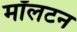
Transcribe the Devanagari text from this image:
मॉलटन